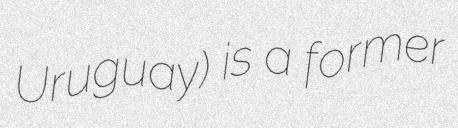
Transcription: Uruguay) is a former